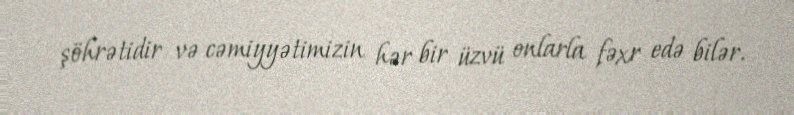
şöhrətidir və cəmiyyətimizin hər bir üzvü onlarla fəxr edə bilər.